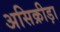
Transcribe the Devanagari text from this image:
असिक्रीड़ा